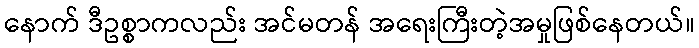
နောက် ဒီဥစ္စာကလည်း အင်မတန် အရေးကြီးတဲ့အမှုဖြစ်နေတယ်။